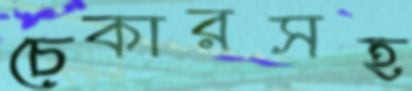
চেকারসহ